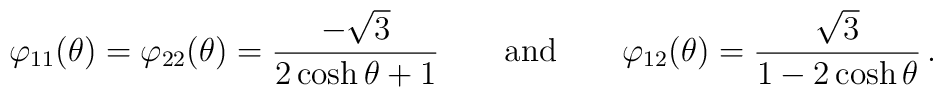
\varphi_{11}(\theta) = \varphi_{22}(\theta) = \frac{-\sqrt{3}}{2\cosh \theta +1} \qquad  {\rm and} \qquad  \varphi_{12}(\theta) = \frac{\sqrt{3}}{1-2\cosh \theta } \,.